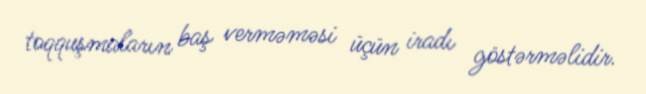
toqquşmaların baş verməməsi üçün iradı göstərməlidir.